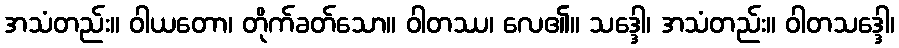
အသံတည်း။ ဝါယတော၊ တိုက်ခတ်သော။ ဝါတဿ၊ လေ၏။ သဒ္ဒေါ၊ အသံတည်း။ ဝါတသဒ္ဒေါ၊